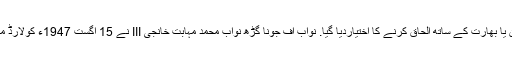
1947ء میں تقسیم کے دوران برطانوی ایکٹ کے تحت 562 نوابی ریاستوں کو پاکستان یا بھارت کے ساتھ الحاق کرنے کا اختیاردیا گیا. نواب آف جونا گڑھ نواب محمد مہابت خانجی III نے 15 اگست 1947ء کولارڈ ماؤنٹ بیٹن کی رائے کو مسترد کرتے ہوئے پاکستان کے ساتھ الحاق کرنے کا فیصلہ کیا۔